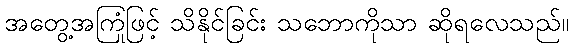
အတွေ့အကြုံဖြင့် သိနိုင်ခြင်း သဘောကိုသာ ဆိုရလေသည်။